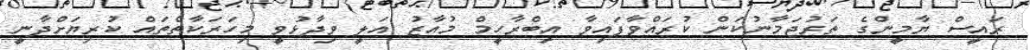
ރައީސް ޔާމީންގެ ތަރުޖަމާނުކަން ކުރައްވާފައިވާ އިބްރާހީމް މުއާޒު އަލީ ވިދާޅުވީ މިހަރަކާތްތައް ކުރިޔަށްދާނީ